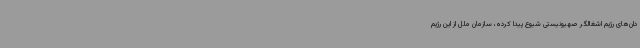
دان‌های رژیم اشغالگر صهیونیستی شیوع پیدا کرده، سازمان ملل از این رژیم